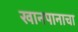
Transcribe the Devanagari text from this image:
खानपानाचा